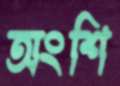
অংশি